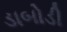
ડાબોડી